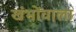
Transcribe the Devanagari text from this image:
खंभोंवाला